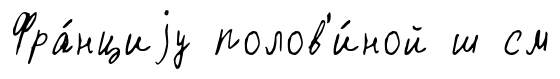
Фра́нциjу полов'и́ной ш см